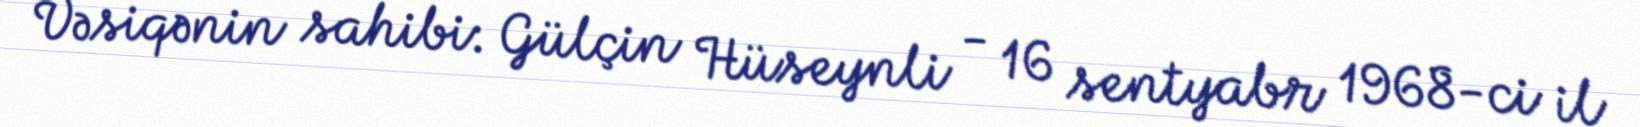
Vəsiqənin sahibi: Gülçin Hüseynli - 16 sentyabr 1968-ci il